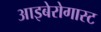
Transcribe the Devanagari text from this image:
आइबेरोगास्ट